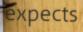
expects